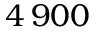
4 \, 9 0 0